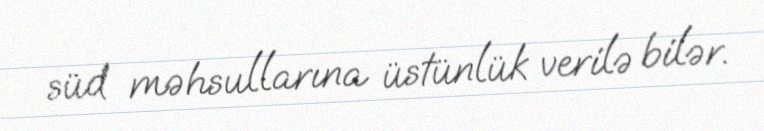
süd məhsullarına üstünlük verilə bilər.